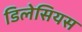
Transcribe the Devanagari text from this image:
डिलेसियस